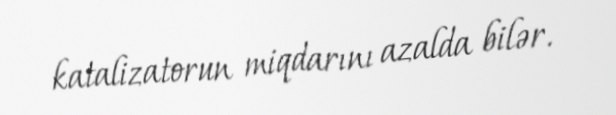
katalizatorun miqdarını azalda bilər.